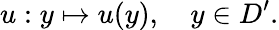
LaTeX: u:y\mapsto u(y),\quad y\in D^{\prime}.